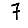
Digit: 7